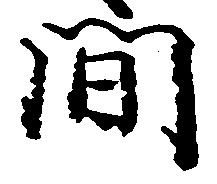
亞